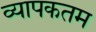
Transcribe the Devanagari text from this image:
व्यापकतम